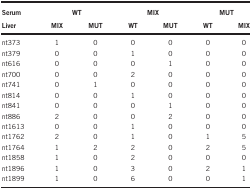
<table><thead><tr><td><b>Serum</b></td><td colspan="2"><b>WT</b></td><td colspan="2"><b>MIX</b></td><td colspan="2"><b>MUT</b></td></tr><tr><td><b>Liver</b></td><td><b>MIX</b></td><td><b>MUT</b></td><td><b>WT</b></td><td><b>MUT</b></td><td><b>WT</b></td><td><b>MIX</b></td></tr></thead><tbody><tr><td>nt373</td><td>1</td><td>0</td><td>0</td><td>0</td><td>0</td><td>0</td></tr><tr><td>nt379</td><td>0</td><td>0</td><td>1</td><td>0</td><td>0</td><td>0</td></tr><tr><td>nt616</td><td>0</td><td>0</td><td>0</td><td>1</td><td>0</td><td>0</td></tr><tr><td>nt700</td><td>0</td><td>0</td><td>2</td><td>0</td><td>0</td><td>0</td></tr><tr><td>nt741</td><td>0</td><td>1</td><td>0</td><td>0</td><td>0</td><td>0</td></tr><tr><td>nt814</td><td>0</td><td>0</td><td>1</td><td>0</td><td>0</td><td>0</td></tr><tr><td>nt841</td><td>0</td><td>0</td><td>0</td><td>1</td><td>0</td><td>0</td></tr><tr><td>nt886</td><td>2</td><td>0</td><td>0</td><td>2</td><td>0</td><td>0</td></tr><tr><td>nt1613</td><td>0</td><td>0</td><td>1</td><td>0</td><td>0</td><td>0</td></tr><tr><td>nt1762</td><td>2</td><td>0</td><td>1</td><td>0</td><td>1</td><td>5</td></tr><tr><td>nt1764</td><td>1</td><td>2</td><td>2</td><td>0</td><td>2</td><td>5</td></tr><tr><td>nt1858</td><td>1</td><td>0</td><td>2</td><td>0</td><td>0</td><td>0</td></tr><tr><td>nt1896</td><td>1</td><td>0</td><td>3</td><td>0</td><td>2</td><td>1</td></tr><tr><td>nt1899</td><td>1</td><td>0</td><td>6</td><td>0</td><td>0</td><td>1</td></tr></tbody></table>